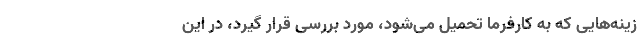
زینه‌هایی که به کارفرما تحمیل می‌شود، مورد بررسی قرار گیرد، در این